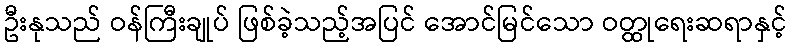
ဦးနုသည် ဝန်ကြီးချုပ် ဖြစ်ခဲ့သည့်အပြင် အောင်မြင်သော ဝတ္ထုရေးဆရာနှင့်